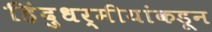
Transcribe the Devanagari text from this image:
हिंदुधर्मीयांकडून